Scottish Leaving Certificate Examination, 1956
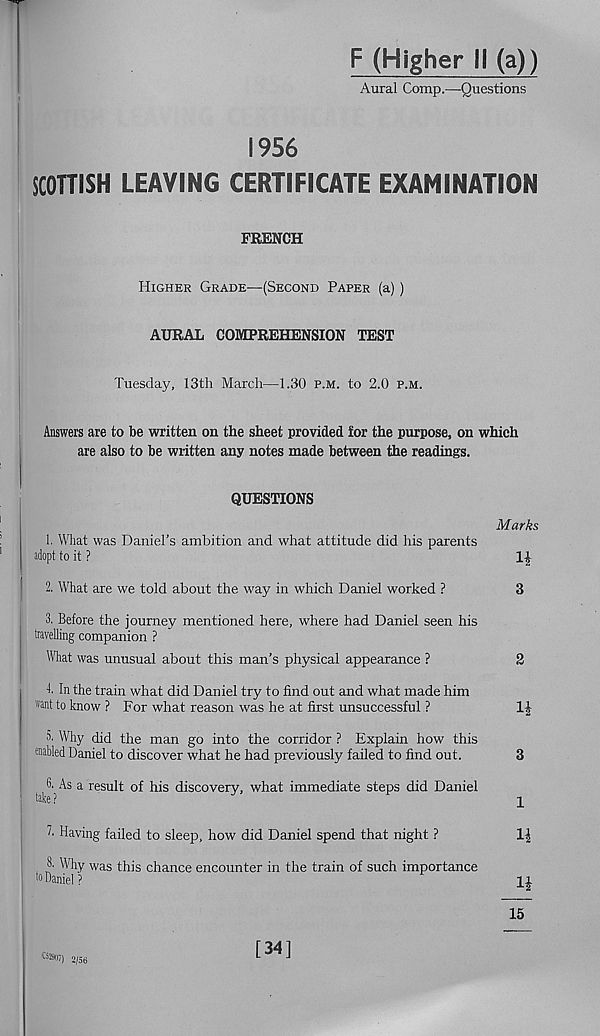
F (Higher II (a))
Aural Comp.—Questions
1956
SCOTTISH LEAVING CERTIFICATE EXAMINATION
FRENCH
Higher Grade—(Second Paper (a))
AURAL COMPREHENSION TEST
Tuesday, 13th March—1.30 p.m. to 2.0 p.m.
Answers are to be written on the sheet provided for the purpose, on which
are also to be written any notes made between the readings.
QUESTIONS
Marks
l
1. What was Daniel’s ambition and what attitude did his parents
1
adopt to it ?
li
2. What are we told about the way in which Daniel worked ?
3
3. Before the journey mentioned here, where had Daniel seen his
; travelling companion ?
What was unusual about this man’s physical appearance ?
2
j
4. In the train what did Daniel try to find out and what made him
"■ ant to know ? For what reason was he at first unsuccessful ?
o. Why did the man go into the corridor ? Explain how this
1 enabled Daniel to discover what he had previously failed to find out.
3
3. As a result of his discovery, what immediate steps did Daniel
take?
i
h Having failed to sleep, how did Daniel spend that night ?
8. Why was this chance encounter in the train of such importance
to Daniel?
15
lC ®W) 2/56
[34]